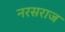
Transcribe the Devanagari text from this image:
नरसराज